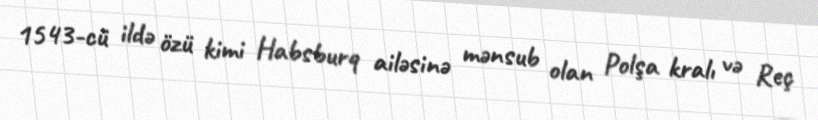
1543-cü ildə özü kimi Habsburq ailəsinə mənsub olan Polşa kralı və Reç